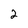
Character: 2